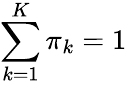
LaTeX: \sum_{k=1}^{K}\pi_{k}=1